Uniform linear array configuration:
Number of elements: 32
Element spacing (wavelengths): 1
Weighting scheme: blackman
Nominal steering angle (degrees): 15
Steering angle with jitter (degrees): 15.643
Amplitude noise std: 0.05
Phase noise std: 0.05

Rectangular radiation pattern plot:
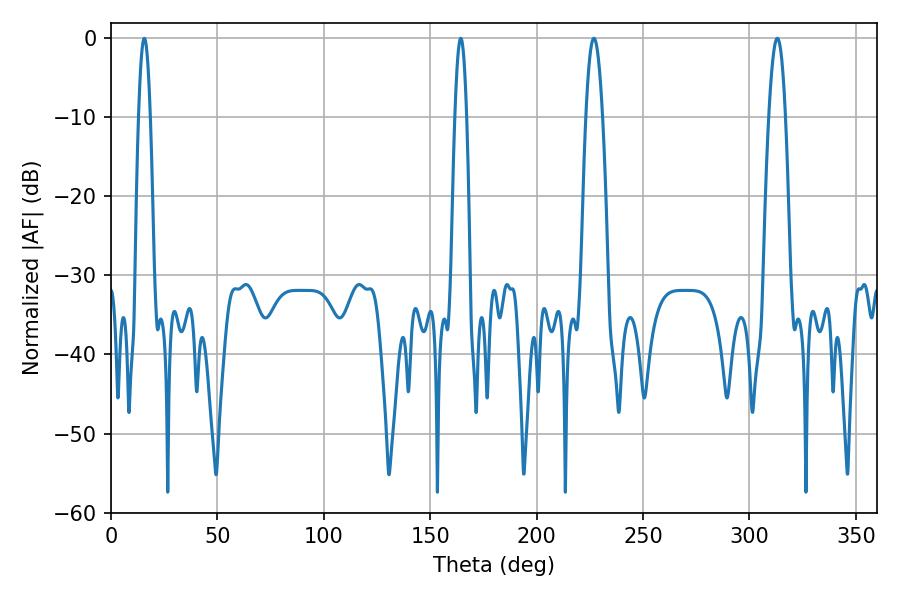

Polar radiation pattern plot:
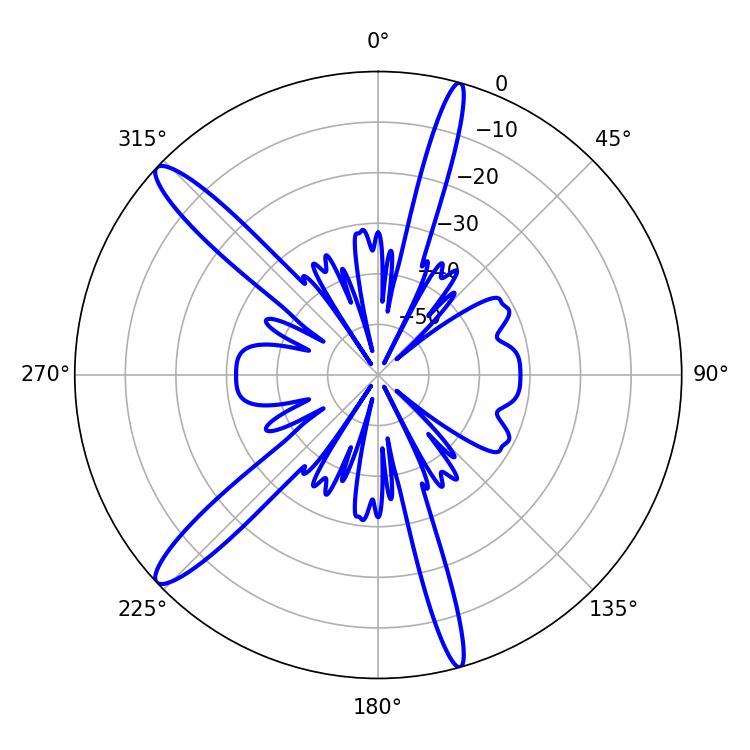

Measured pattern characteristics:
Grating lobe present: TRUE
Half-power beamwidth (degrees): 2.88
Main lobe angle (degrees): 15.66